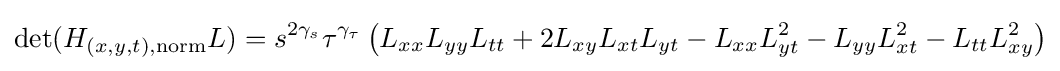
\det(H_{(x,y,t),\mathrm {norm} }L)=s^{2\gamma _{s}}\tau ^{\gamma _{\tau }}\left(L_{xx}L_{yy}L_{tt}+2L_{xy}L_{xt}L_{yt}-L_{xx}L_{yt}^{2}-L_{yy}L_{xt}^{2}-L_{tt}L_{xy}^{2}\right)